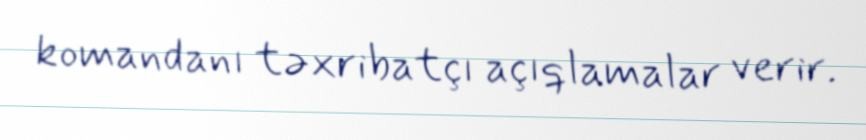
komandanı təxribatçı açıqlamalar verir.